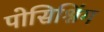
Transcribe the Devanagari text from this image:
पोसिश्निंग